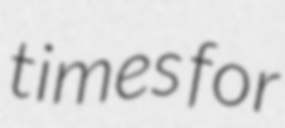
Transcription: times for